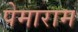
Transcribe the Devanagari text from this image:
पेमाराम